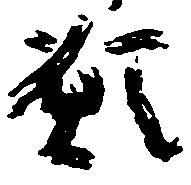
願